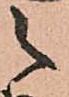
之